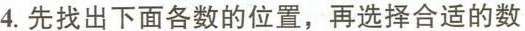
4.先找出下面各数的位置，再选择合适的数